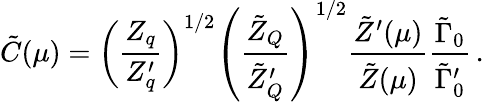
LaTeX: \tilde{C}(\mu)=\left(\frac{Z_{q}}{Z_{q}^{\prime}}\right)^{1/2}\left(\frac{\tilde{Z}_{Q}}{\tilde{Z}_{Q}^{\prime}}\right)^{1/2}\frac{\tilde{Z}^{\prime}(\mu)}{\tilde{Z}(\mu)}\frac{\tilde{\Gamma}_{0}}{\tilde{\Gamma}_{0}^{\prime}}\, .